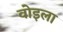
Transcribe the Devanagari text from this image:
वोइला